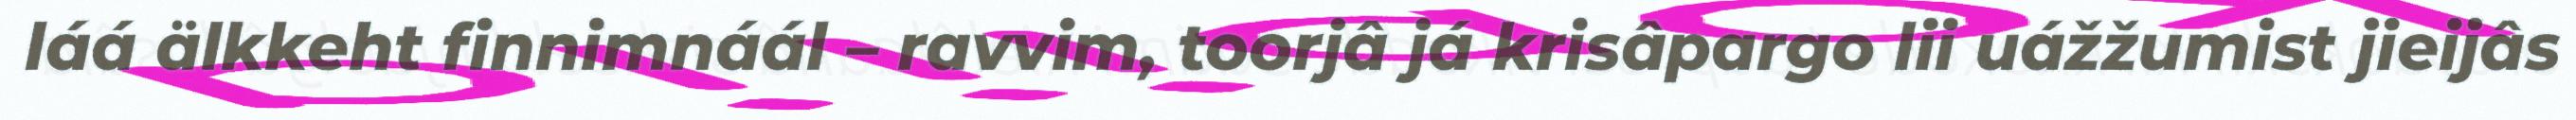
láá älkkeht finnimnáál – ravvim, toorjâ já krisâpargo lii uážžumist jieijâs